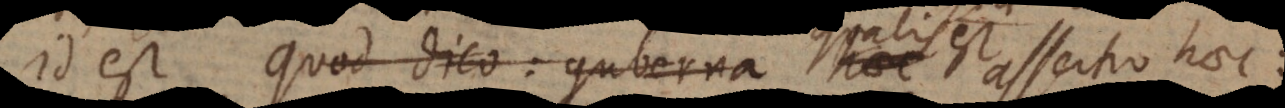
Id est quod dico: guberna haec assertio